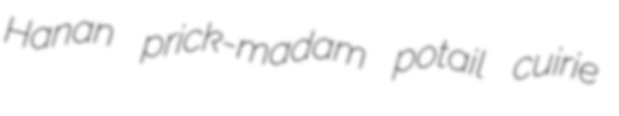
Hanan prick-madam potail cuirie